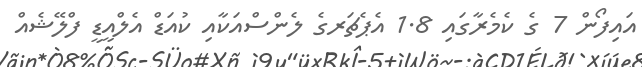
އައިފޯން 7 ގެ ކެމެރާގައި 1.8 އެޕެޗަރގެ ލެންސްއަކާއި ކުއަޑް އެލްއީޑީ ފްލޭޝެއް